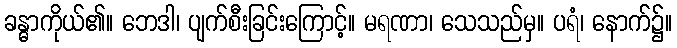
ခန္ဓာကိုယ်၏။ ဘေဒါ၊ ပျက်စီးခြင်းကြောင့်။ မရဏာ၊ သေသည်မှ။ ပရံ၊ နောက်၌။